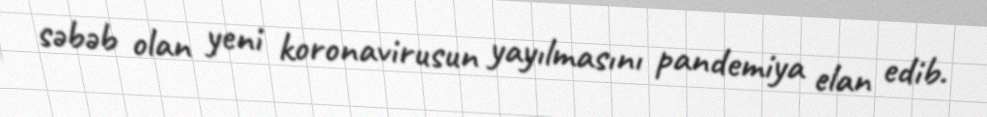
səbəb olan yeni koronavirusun yayılmasını pandemiya elan edib.